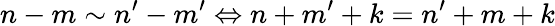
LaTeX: n-m\sim n^{\prime}-m^{\prime}\Leftrightarrow n+m^{\prime}+k=n^{\prime}+m+k